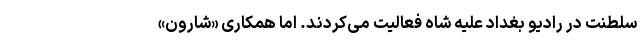
سلطنت در رادیو بغداد علیه شاه فعالیت می‌کردند. اما همکاری «شارون»